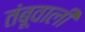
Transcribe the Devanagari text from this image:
तंबूवाली